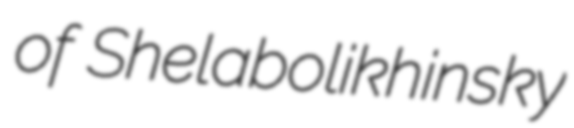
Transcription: of Shelabolikhinsky